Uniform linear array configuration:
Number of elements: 24
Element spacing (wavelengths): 0.75
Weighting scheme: hann
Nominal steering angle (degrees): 15
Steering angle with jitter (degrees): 13.74
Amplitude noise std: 0.05
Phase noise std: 0.05

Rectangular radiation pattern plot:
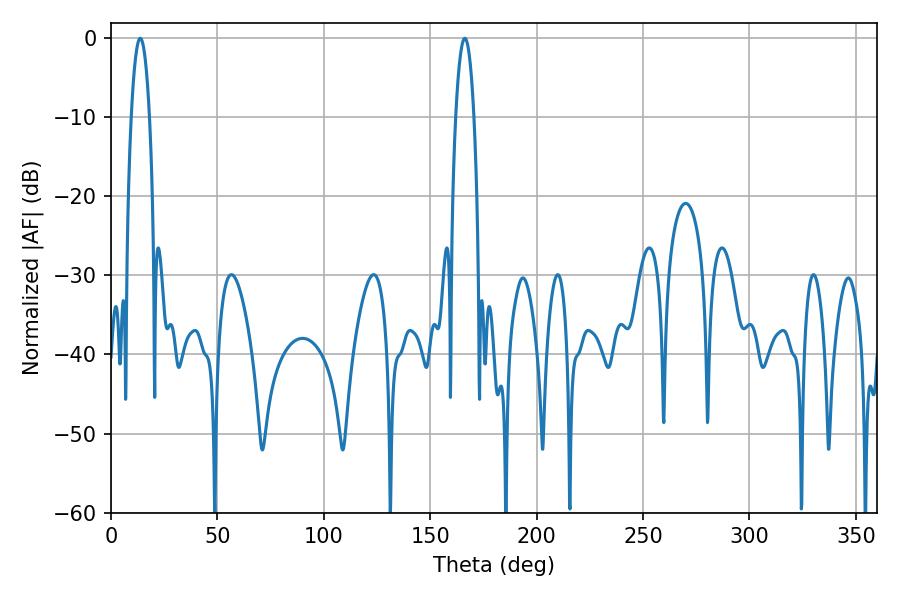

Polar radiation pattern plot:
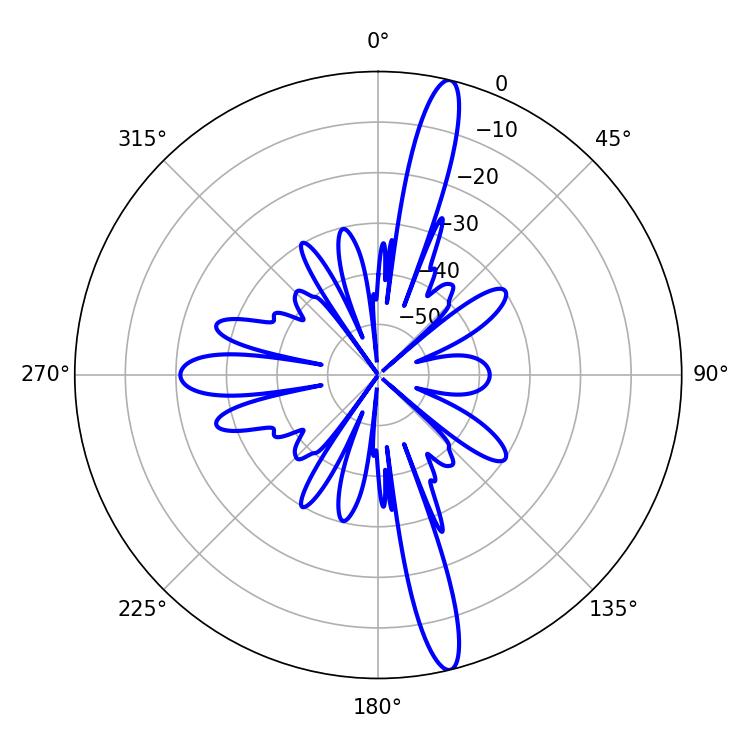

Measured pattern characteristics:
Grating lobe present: TRUE
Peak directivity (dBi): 16.913
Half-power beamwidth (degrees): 4.86
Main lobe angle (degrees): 13.68